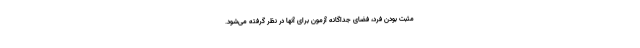
مثبت بودن فرد، فضای جداگانه‌ آزمون برای آنها در نظر گرفته می‌شود.